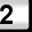
Digit: 2